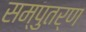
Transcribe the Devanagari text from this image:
सम्पुतर्ण